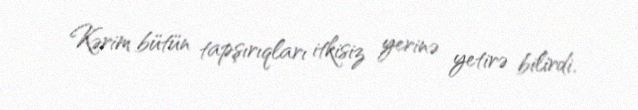
Kərim bütün tapşırıqları itkisiz yerinə yetirə bilirdi.